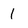
Character: 1